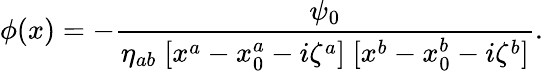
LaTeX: \phi(x)=-{\frac{\psi_{0}}{\eta_{ab}\; [x^{a}-x_{0}^{a}-i\zeta^{a}]\; [x^{b}-x_{0}^{b}-i\zeta^{b}]}}.